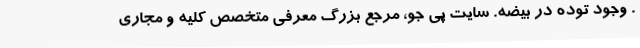
. وجود توده در بیضه. سایت پی جو، مرجع بزرگ معرفی متخصص کلیه و مجاری